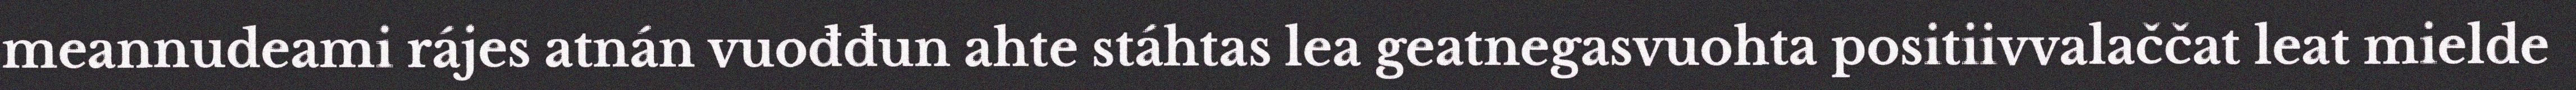
meannudeami rájes atnán vuođđun ahte stáhtas lea geatnegasvuohta positiivvalaččat leat mielde